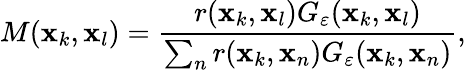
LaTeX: M(\mathbf{x}_{k},\mathbf{x}_{l})=\frac{r(\mathbf{x}_{k},\mathbf{x}_{l})G_{\varepsilon}(\mathbf{x}_{k},\mathbf{x}_{l})}{\sum_{n}r(\mathbf{x}_{k},\mathbf{x}_{n})G_{\varepsilon}(\mathbf{x}_{k},\mathbf{x}_{n})},